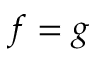
f = g